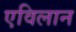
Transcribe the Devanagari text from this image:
एविलान